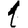
Digit: 1